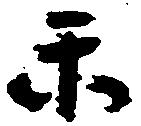
楽